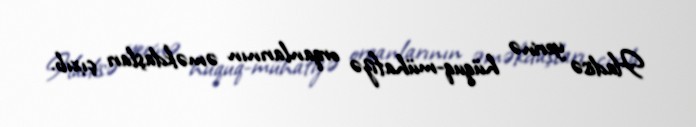
Hadisə yerinə hüquq-mühafizə orqanlarının əməkdaşları çıxıb.